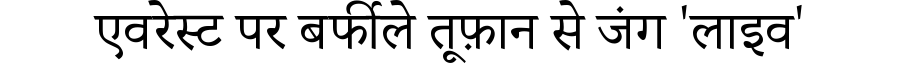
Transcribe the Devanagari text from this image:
एवरेस्ट पर बर्फीले तूफ़ान से जंग 'लाइव'